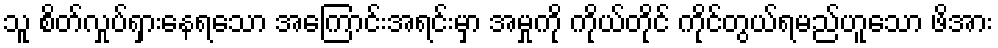
သူ စိတ်လှုပ်ရှားနေရသော အကြောင်းအရင်းမှာ အမှုကို ကိုယ်တိုင် ကိုင်တွယ်ရမည်ဟူသော ဖိအား